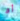
أو